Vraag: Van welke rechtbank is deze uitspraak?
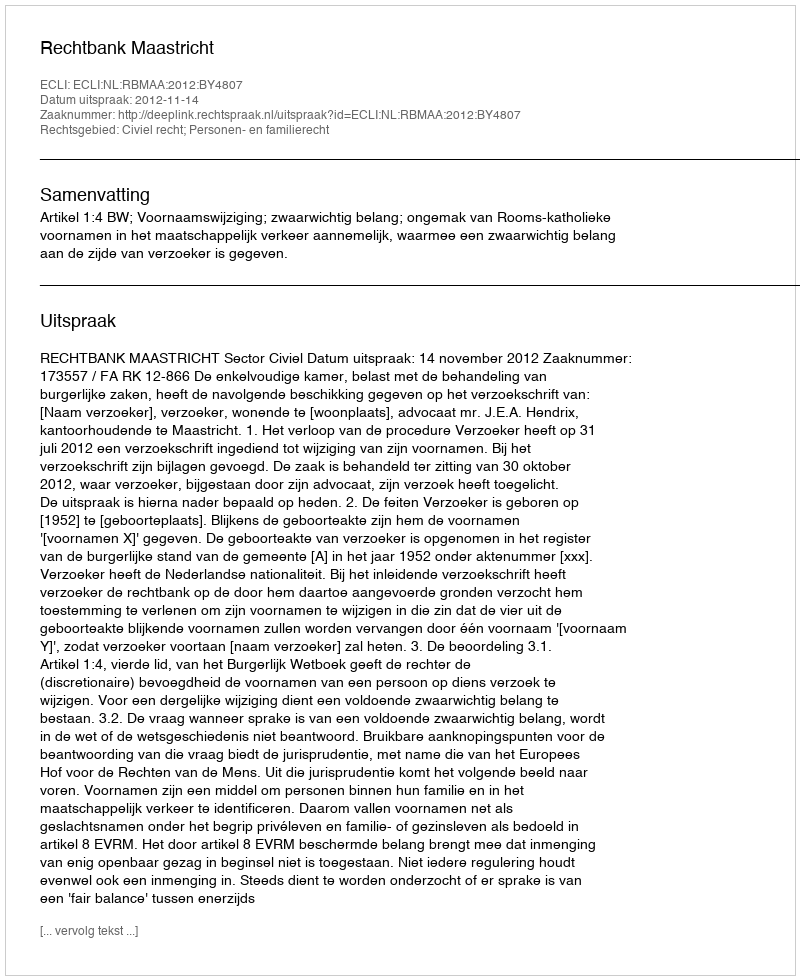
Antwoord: Rechtbank Maastricht